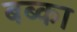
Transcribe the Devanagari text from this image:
बब्का